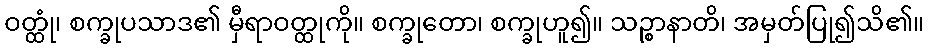
ဝတ္ထုံ၊ စက္ခုပသာဒ၏ မှီရာဝတ္ထုကို။ စက္ခုတော၊ စက္ခုဟူ၍။ သဉ္စာနာတိ၊ အမှတ်ပြု၍သိ၏။